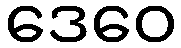
ဒေဝေ